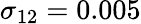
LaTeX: \sigma_{12}=0.005